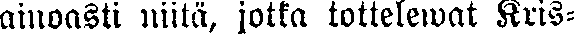
ainoasti niitä, jotta tottelewat Kris-